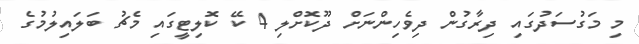
މި މަގުސަދުގައި ދިރާގުން ދިވެހިންނަށް ދޫކޮށްލި 4 ކޭ ކޮލިޓީގައި މެޗު ބަލައިލުމުގެ